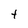
Character: t